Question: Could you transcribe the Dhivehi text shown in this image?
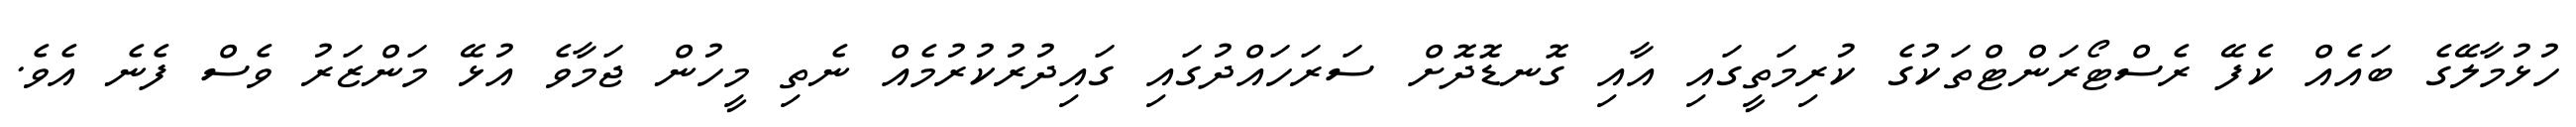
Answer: ހުޅުމާލޭގެ ބައެއް ކެފޭ ރެސްޓޯރަންޓްތަކުގެ ކުރިމަތީގައި އާއި ގޮނޑޮދޮށް ސަރަހައްދުގައި ގައިދުރުކުރުމެއް ނެތި މީހުން ޖަމާވެ އުޅޭ މަންޒަރު ވެސް ފެނެ އެވެ.